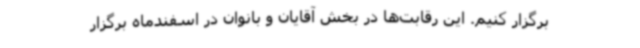
برگزار کنیم. این رقابت‌ها در بخش آقایان و بانوان در اسفندماه برگزار